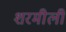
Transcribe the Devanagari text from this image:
शरमीली